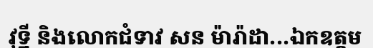
វុទ្ឋី និងលោកជំទាវ សន ម៉ារ៉ាដា...ឯកឧត្តម